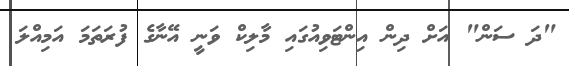
"ދަ ސަން" އަށް ދިން އިންޓަވިއުގައި މާލިކް ވަނީ އޭނާގެ ފުރަތަމަ އަމިއްލަ